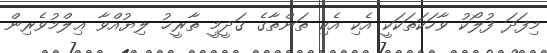
މިފަދަ ފުލޯކު ވާހަކަތަކަކީ އެކި އެކި ތަންތާގެ ޤަދީމީ ތާރީޚު ލިޔުއްވާ ޢިލްމުވެރިން